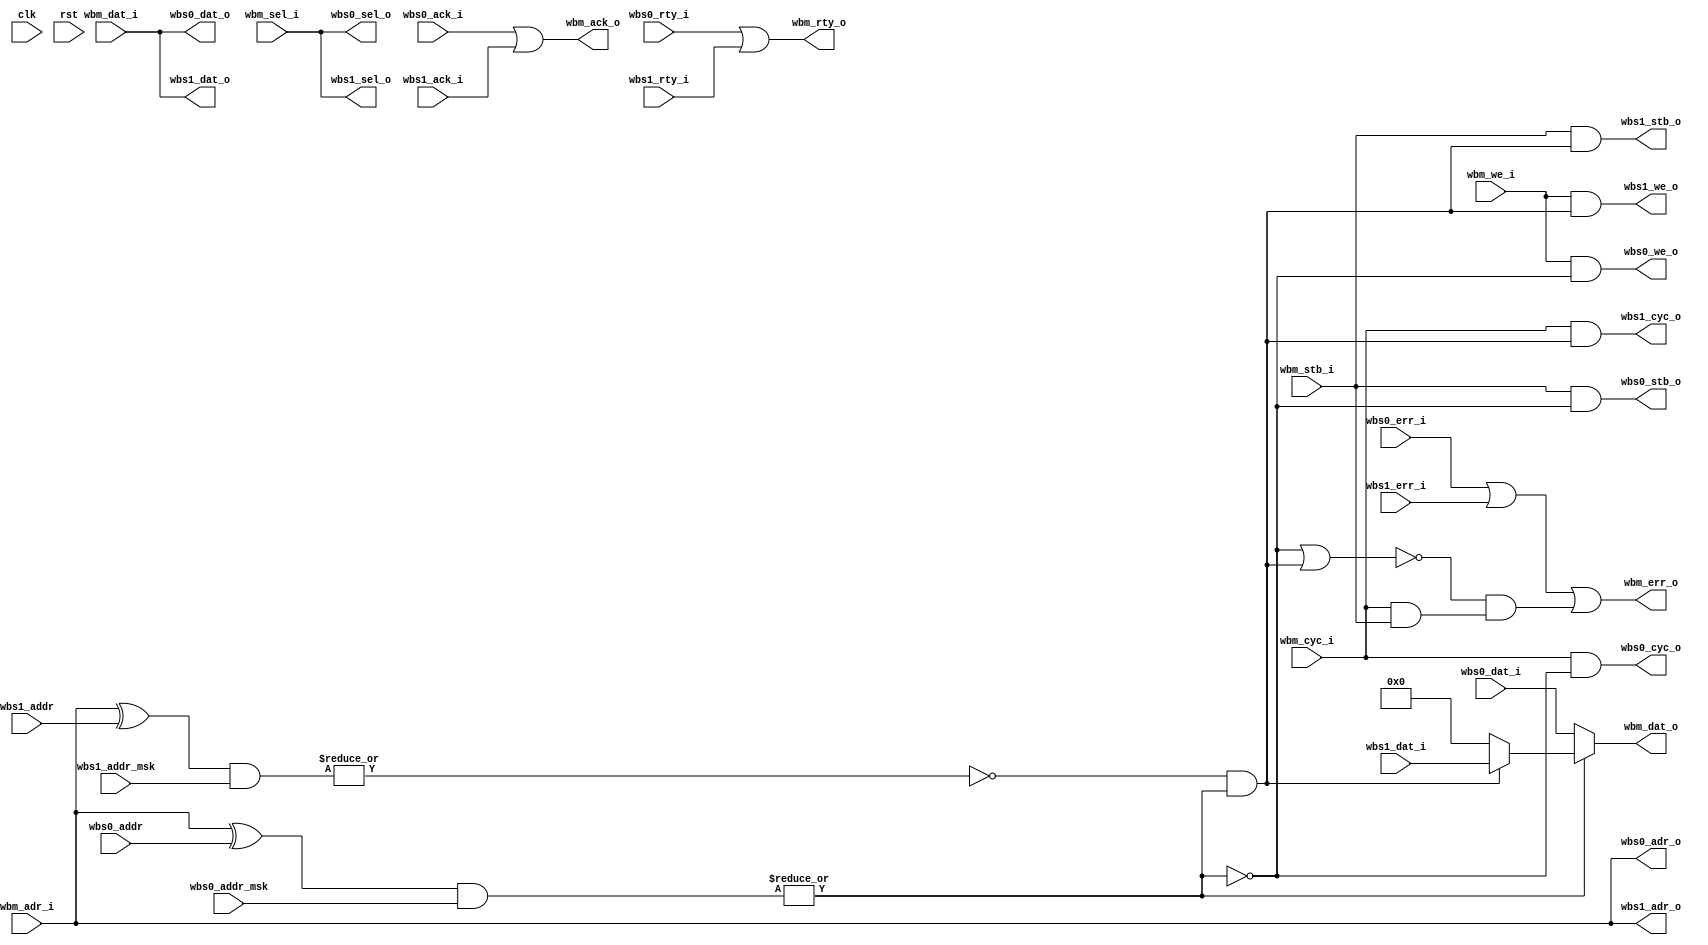
/*

Copyright (c) 2015-2016 Alex Forencich

Permission is hereby granted, free of charge, to any person obtaining a copy
of this software and associated documentation files (the "Software"), to deal
in the Software without restriction, including without limitation the rights
to use, copy, modify, merge, publish, distribute, sublicense, and/or sell
copies of the Software, and to permit persons to whom the Software is
furnished to do so, subject to the following conditions:

The above copyright notice and this permission notice shall be included in
all copies or substantial portions of the Software.

THE SOFTWARE IS PROVIDED "AS IS", WITHOUT WARRANTY OF ANY KIND, EXPRESS OR
IMPLIED, INCLUDING BUT NOT LIMITED TO THE WARRANTIES OF MERCHANTABILITY
FITNESS FOR A PARTICULAR PURPOSE AND NONINFRINGEMENT. IN NO EVENT SHALL THE
AUTHORS OR COPYRIGHT HOLDERS BE LIABLE FOR ANY CLAIM, DAMAGES OR OTHER
LIABILITY, WHETHER IN AN ACTION OF CONTRACT, TORT OR OTHERWISE, ARISING FROM,
OUT OF OR IN CONNECTION WITH THE SOFTWARE OR THE USE OR OTHER DEALINGS IN
THE SOFTWARE.

*/

// Language: Verilog 2001

`timescale 1 ns / 1 ps

/*
 * Wishbone 2 port multiplexer
 */
module wb_mux_2 #
(
    parameter DATA_WIDTH = 32,                    // width of data bus in bits (8, 16, 32, or 64)
    parameter ADDR_WIDTH = 32,                    // width of address bus in bits
    parameter SELECT_WIDTH = (DATA_WIDTH/8)       // width of word select bus (1, 2, 4, or 8)
)
(
    input  wire                    clk,
    input  wire                    rst,

    /*
     * Wishbone master input
     */
    input  wire [ADDR_WIDTH-1:0]   wbm_adr_i,     // ADR_I() address input
    input  wire [DATA_WIDTH-1:0]   wbm_dat_i,     // DAT_I() data in
    output wire [DATA_WIDTH-1:0]   wbm_dat_o,     // DAT_O() data out
    input  wire                    wbm_we_i,      // WE_I write enable input
    input  wire [SELECT_WIDTH-1:0] wbm_sel_i,     // SEL_I() select input
    input  wire                    wbm_stb_i,     // STB_I strobe input
    output wire                    wbm_ack_o,     // ACK_O acknowledge output
    output wire                    wbm_err_o,     // ERR_O error output
    output wire                    wbm_rty_o,     // RTY_O retry output
    input  wire                    wbm_cyc_i,     // CYC_I cycle input

    /*
     * Wishbone slave 0 output
     */
    output wire [ADDR_WIDTH-1:0]   wbs0_adr_o,    // ADR_O() address output
    input  wire [DATA_WIDTH-1:0]   wbs0_dat_i,    // DAT_I() data in
    output wire [DATA_WIDTH-1:0]   wbs0_dat_o,    // DAT_O() data out
    output wire                    wbs0_we_o,     // WE_O write enable output
    output wire [SELECT_WIDTH-1:0] wbs0_sel_o,    // SEL_O() select output
    output wire                    wbs0_stb_o,    // STB_O strobe output
    input  wire                    wbs0_ack_i,    // ACK_I acknowledge input
    input  wire                    wbs0_err_i,    // ERR_I error input
    input  wire                    wbs0_rty_i,    // RTY_I retry input
    output wire                    wbs0_cyc_o,    // CYC_O cycle output

    /*
     * Wishbone slave 0 address configuration
     */
    input  wire [ADDR_WIDTH-1:0]   wbs0_addr,     // Slave address prefix
    input  wire [ADDR_WIDTH-1:0]   wbs0_addr_msk, // Slave address prefix mask

    /*
     * Wishbone slave 1 output
     */
    output wire [ADDR_WIDTH-1:0]   wbs1_adr_o,    // ADR_O() address output
    input  wire [DATA_WIDTH-1:0]   wbs1_dat_i,    // DAT_I() data in
    output wire [DATA_WIDTH-1:0]   wbs1_dat_o,    // DAT_O() data out
    output wire                    wbs1_we_o,     // WE_O write enable output
    output wire [SELECT_WIDTH-1:0] wbs1_sel_o,    // SEL_O() select output
    output wire                    wbs1_stb_o,    // STB_O strobe output
    input  wire                    wbs1_ack_i,    // ACK_I acknowledge input
    input  wire                    wbs1_err_i,    // ERR_I error input
    input  wire                    wbs1_rty_i,    // RTY_I retry input
    output wire                    wbs1_cyc_o,    // CYC_O cycle output

    /*
     * Wishbone slave 1 address configuration
     */
    input  wire [ADDR_WIDTH-1:0]   wbs1_addr,     // Slave address prefix
    input  wire [ADDR_WIDTH-1:0]   wbs1_addr_msk  // Slave address prefix mask
);

wire wbs0_match = ~|((wbm_adr_i ^ wbs0_addr) & wbs0_addr_msk);
wire wbs1_match = ~|((wbm_adr_i ^ wbs1_addr) & wbs1_addr_msk);

wire wbs0_sel = wbs0_match;
wire wbs1_sel = wbs1_match & ~(wbs0_match);

wire master_cycle = wbm_cyc_i & wbm_stb_i;

wire select_error = ~(wbs0_sel | wbs1_sel) & master_cycle;

// master
assign wbm_dat_o = wbs0_sel ? wbs0_dat_i :
                   wbs1_sel ? wbs1_dat_i :
                   {DATA_WIDTH{1'b0}};

assign wbm_ack_o = wbs0_ack_i |
                   wbs1_ack_i;

assign wbm_err_o = wbs0_err_i |
                   wbs1_err_i |
                   select_error;

assign wbm_rty_o = wbs0_rty_i |
                   wbs1_rty_i;

// slave 0
assign wbs0_adr_o = wbm_adr_i;
assign wbs0_dat_o = wbm_dat_i;
assign wbs0_we_o = wbm_we_i & wbs0_sel;
assign wbs0_sel_o = wbm_sel_i;
assign wbs0_stb_o = wbm_stb_i & wbs0_sel;
assign wbs0_cyc_o = wbm_cyc_i & wbs0_sel;

// slave 1
assign wbs1_adr_o = wbm_adr_i;
assign wbs1_dat_o = wbm_dat_i;
assign wbs1_we_o = wbm_we_i & wbs1_sel;
assign wbs1_sel_o = wbm_sel_i;
assign wbs1_stb_o = wbm_stb_i & wbs1_sel;
assign wbs1_cyc_o = wbm_cyc_i & wbs1_sel;


endmodule